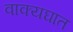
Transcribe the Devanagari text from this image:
वाक्यघात